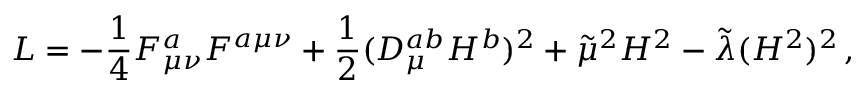
{ \cal L } = - \frac { 1 } { 4 } F _ { \mu \nu } ^ { a } F ^ { a \mu \nu } + \frac { 1 } { 2 } ( { \cal D } _ { \mu } ^ { a b } H ^ { b } ) ^ { 2 } + \tilde { \mu } ^ { 2 } H ^ { 2 } - \tilde { \lambda } ( H ^ { 2 } ) ^ { 2 } \, ,